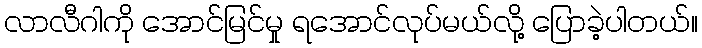
လာလီဂါကို အောင်မြင်မှု ရအောင်လုပ်မယ်လို့ ပြောခဲ့ပါတယ်။